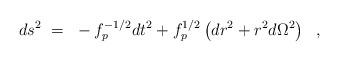
LaTeX: \begin{align*}ds^2~=~-f_{p}^{-1/2} dt^2 + f_p^{1/2} \left( dr^2 + r^2 d\Omega^2\right) ~~,\end{align*}